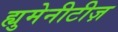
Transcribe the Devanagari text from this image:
ह्युमेनीटीज़